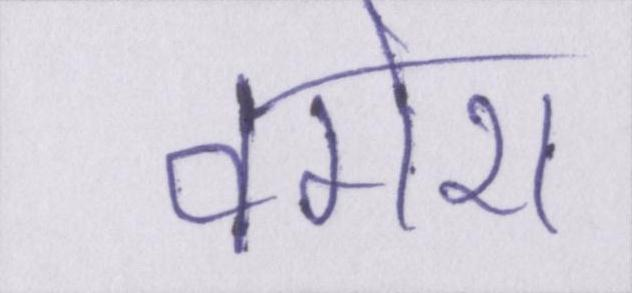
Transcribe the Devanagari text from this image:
वगेरा